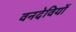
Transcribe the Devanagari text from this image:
वनदेवियों